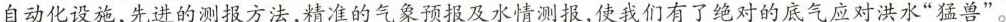
自动化设施，先进的测报方法，精准的气象预报及水情测报，使我们有了绝对的底气应对洪水”猛兽”。